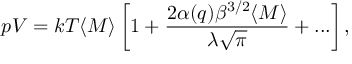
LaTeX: p V = k T \langle M \rangle \left[ 1 + \frac { 2 \alpha ( q ) \beta ^ { 3 / 2 } \langle M \rangle } { \lambda \sqrt { \pi } } + . . . \right] ,